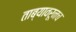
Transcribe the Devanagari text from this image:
ताब्यावरूनच